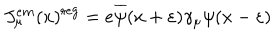
J _ { \mu } ^ { e m } ( x ) ^ { \mathrm { r e g } } = e \overline { { { \psi } } } ( x + \varepsilon ) \gamma _ { \mu } \psi ( x - \varepsilon )